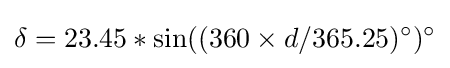
\delta =23.45*\sin((360\times d/365.25)^{\circ })^{\circ }